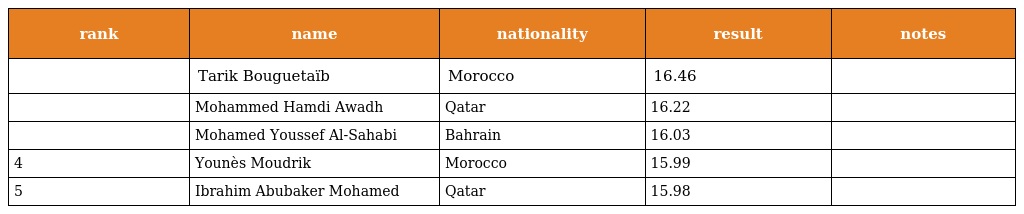
| rank | name | nationality | result | notes |
 | --- | --- | --- | --- | --- |
 |  | Tarik Bouguetaïb | Morocco | 16.46 |  |
 |  | Mohammed Hamdi Awadh | Qatar | 16.22 |  |
 |  | Mohamed Youssef Al-Sahabi | Bahrain | 16.03 |  |
 | 4 | Younès Moudrik | Morocco | 15.99 |  |
 | 5 | Ibrahim Abubaker Mohamed | Qatar | 15.98 |  |